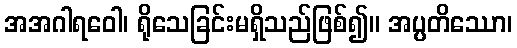
အအဂါရဝေါ၊ ရိုသေခြင်းမရှိသည်ဖြစ်၍။ အပ္ပတိဿော၊